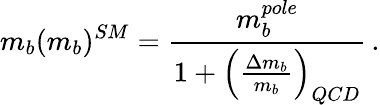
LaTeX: m_{b}(m_{b})^{SM}=\frac{m_{b}^{pole}}{1+\left(\frac{\Delta m_{b}}{m_{b}}\right)_{QCD}}\, .